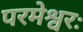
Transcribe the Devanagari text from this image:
परमेश्वरः